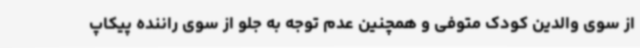
از سوی والدین کودک متوفی و همچنین عدم توجه به جلو از سوی راننده پیکاپ